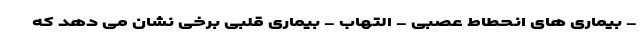
- بیماری های انحطاط عصبی - التهاب - بیماری قلبی برخی نشان می دهد که